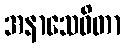
အနာသေဝိတာ